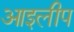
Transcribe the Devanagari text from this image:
आइलीप